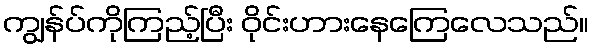
ကျွန်ပ်ကိုကြည့်ပြီး ဝိုင်းဟားနေကြေလေသည်။